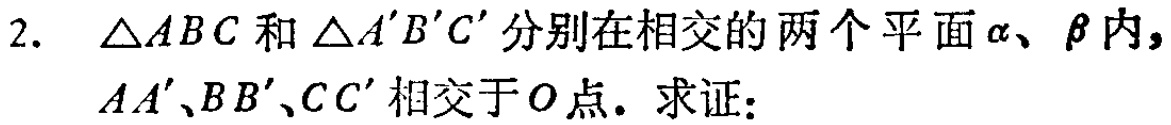
2.  \(\triangle ABC\)和\(\triangle A'B'C'\)分别在相交的两个平面\(\alpha\)、\(\beta\)内，\(AA'\)、\(BB'\)、\(CC'\)相交于\(O\)点. 求证：